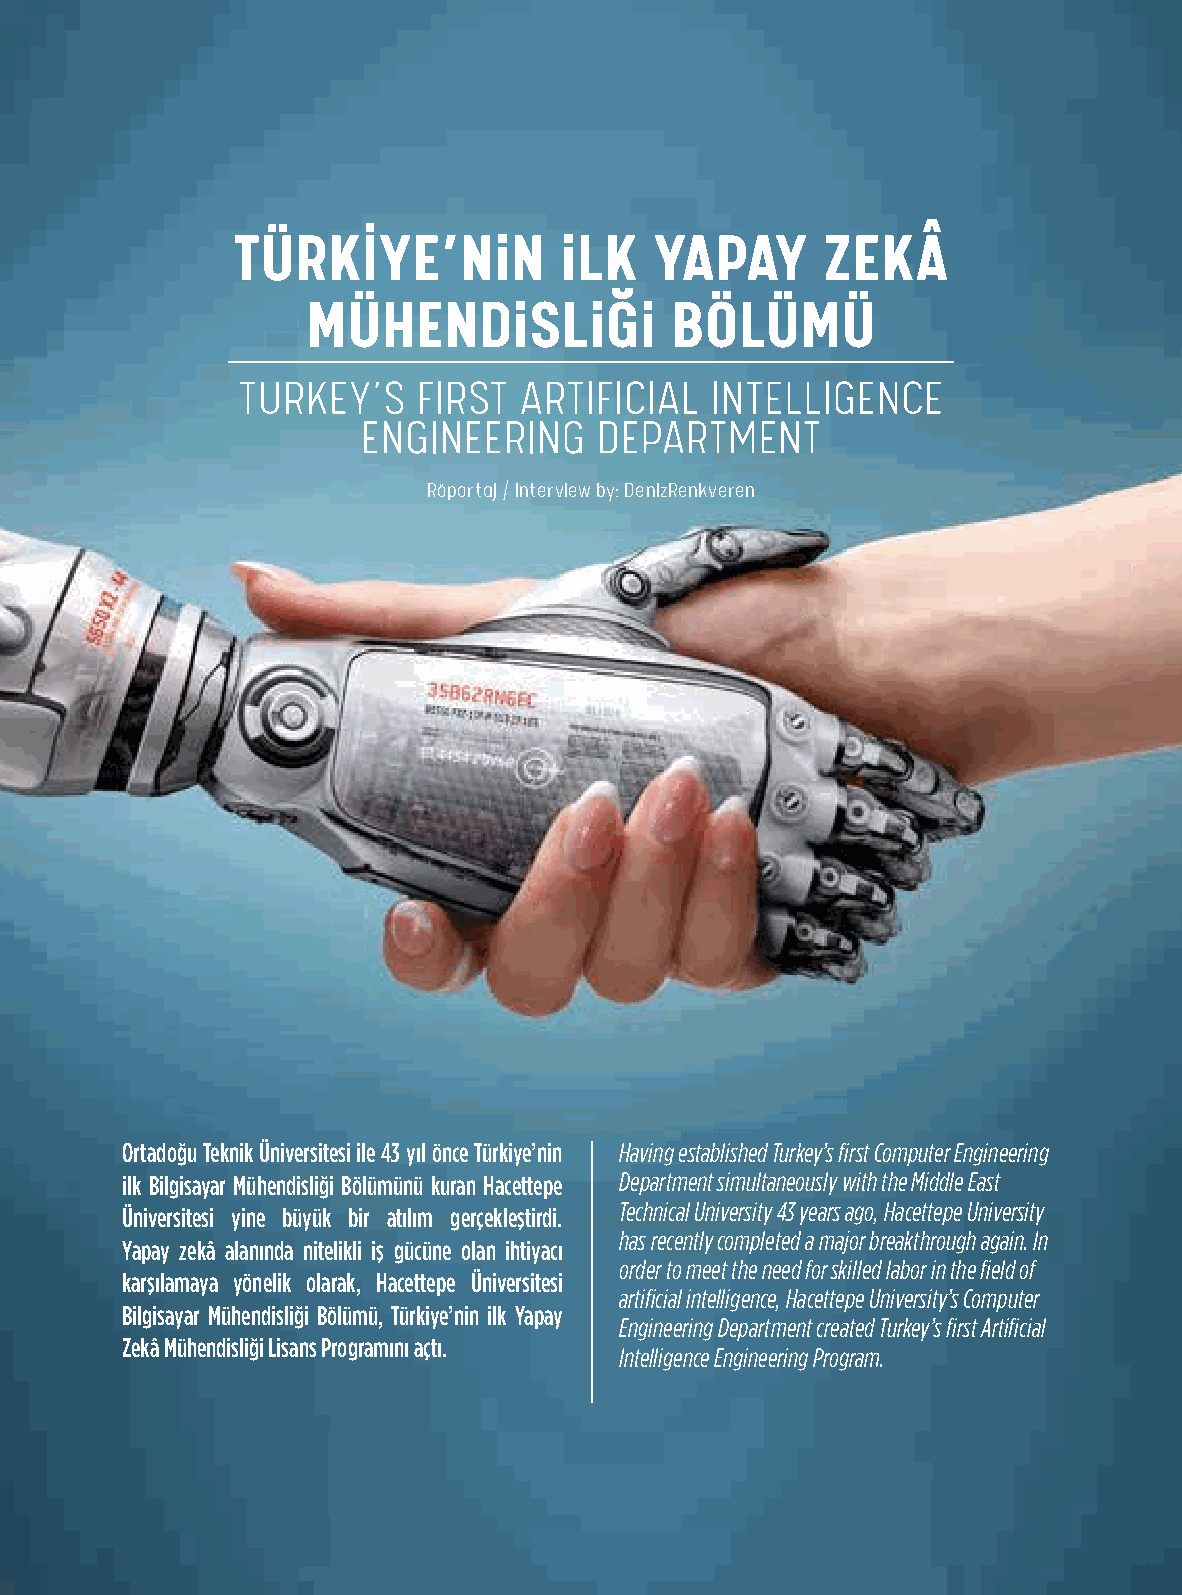
134
 Türkiye’nin Kültür Dergisi / Turkey’s Culture Magazine
 TÜRKİYE’NiN           iLK   YAPAY      ZEKÂ
 MÜHENDiSLiĞi            BÖLÜMÜ
 TURKEY’S    FIRST ARTIFICIAL   INTELLIGENCE
 ENGINEERING    DEPARTMENT
 Röportaj / Interview by: DenizRenkveren
 Ortadoğu Teknik Üniversitesi ile 43 yıl önce Türkiye’nin Having established Turkey’s first Computer Engineering
 ilk Bilgisayar Mühendisliği Bölümünü kuran Hacettepe Department simultaneously with the Middle East
 Technical University 43 years ago, Hacettepe University
 Üniversitesi yine büyük bir atılım gerçekleştirdi.
 has recently completed a major breakthrough again. In
 Yapay zekâ alanında nitelikli iş gücüne olan ihtiyacı
 order to meet the need for skilled labor in the field of
 karşılamaya yönelik olarak, Hacettepe Üniversitesi
 artificial intelligence, Hacettepe University’s Computer
 Bilgisayar Mühendisliği Bölümü, Türkiye’nin ilk Yapay
 Engineering Department created Turkey’s first Artificial
 Zekâ Mühendisliği Lisans Programını açtı.
 Intelligence Engineering Program.